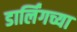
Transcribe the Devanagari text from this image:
डार्लिंगच्या